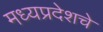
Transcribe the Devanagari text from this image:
मध्यप्रदेशचे